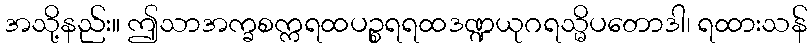
အသို့နည်း။ ဤသာအက္ခစက္ကရထပဉ္စရရထဒဏ္ဍယုဂရသ္မိပတောဒါ၊ ရထားသန်